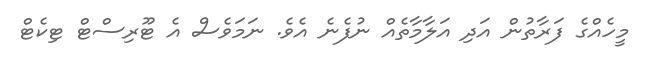
މީހެއްގެ ފަރާތުން އަދި އަލާމާތެއް ނުފެނެ އެވެ. ނަމަވެސް އެ ޓޫރިސްޓް ޓިކެޓް